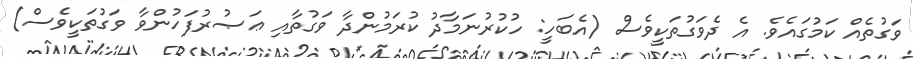
ވަގުތެއް ކަމުގައެވެ. އެ ދެވަގުތަކީވެސް (އެބަހީ: ހުކުރުނަމާދު ކުރަމުންދާ ވަގުތާއި ޢަޞުރުފަހުންވާ ވަގުތަކީވެސް)